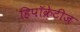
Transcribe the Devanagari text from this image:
हिपॉक्रेटीज़